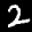
Label: 2